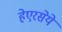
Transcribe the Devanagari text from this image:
हेएरसेये